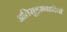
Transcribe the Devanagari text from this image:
अतिसूक्ष्मवादियों